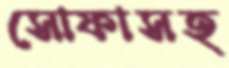
সোফাসহ